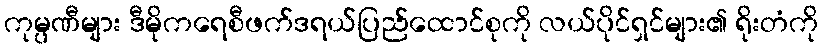
ကုမ္ပဏီများ ဒီမိုကရေစီဖက်ဒရယ်ပြည်ထောင်စုကို လယ်ပိုင်ရှင်များ၏ ရိုးတံကို